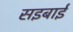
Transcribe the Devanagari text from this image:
सइबाई